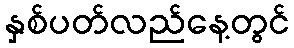
နှစ်ပတ်လည်နေ့တွင်